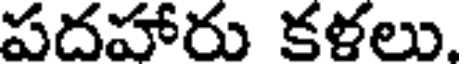
పదహారు కళలు.